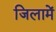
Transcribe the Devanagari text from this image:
जिलामें